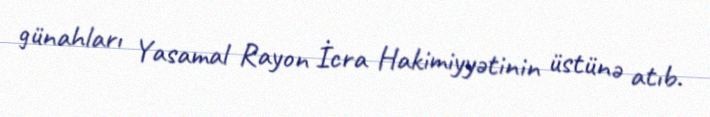
günahları Yasamal Rayon İcra Hakimiyyətinin üstünə atıb.